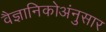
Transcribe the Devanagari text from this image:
वैज्ञानिकोअंनुसार